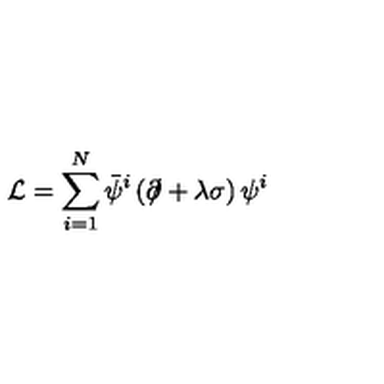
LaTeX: \mathcal { L } = \sum _ { i = 1 } ^ { N } \bar { \psi } ^ { i } \left( \partial \! \! \! \slash + \lambda \sigma \right) \psi ^ { i }